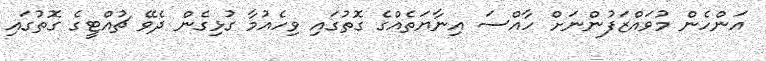
އަންހެން މުވައްޒަފުންނަށް ހާއްސަ އިނާޔަތެއްގެ ގޮތުގައި ވިހެއުމާ ގުޅިގެން ދެވޭ ޗުއްޓީގެ ގޮތުގައި